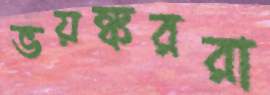
ভয়ঙ্কররা